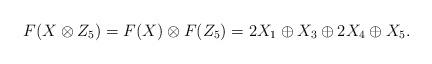
LaTeX: \begin{align*}F(X\otimes Z_5)=F(X)\otimes F(Z_5)=2X_1\oplus X_3\oplus 2X_4\oplus X_5.\end{align*}